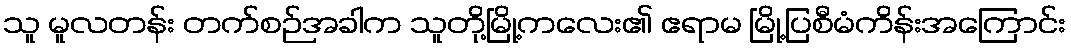
သူ မူလတန်း တက်စဉ်အခါက သူတို့မြို့ကလေး၏ ဧရာမ မြို့ပြစီမံကိန်းအကြောင်း